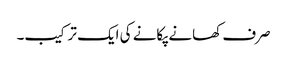
صرف کھانے پکانے کی ایک ترکیب۔